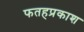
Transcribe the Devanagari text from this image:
फतहप्रकाश